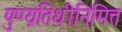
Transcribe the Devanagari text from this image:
पुण्य़तिथीनिमित्त